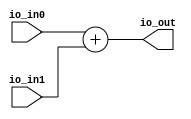
module Adder(
  input  [9:0] io_in0,
  input  [9:0] io_in1,
  output [9:0] io_out
);
  assign io_out = io_in0 + io_in1; // @[Adder.scala 17:20]
endmodule
module AdderTests(
  input   clock,
  input   reset
);
`ifdef RANDOMIZE_REG_INIT
  reg [31:0] _RAND_0;
  reg [31:0] _RAND_1;
`endif // RANDOMIZE_REG_INIT
  wire [9:0] c_io_in0; // @[Adder.scala 21:33]
  wire [9:0] c_io_in1; // @[Adder.scala 21:33]
  wire [9:0] c_io_out; // @[Adder.scala 21:33]
  reg [3:0] value; // @[Counter.scala 17:33]
  reg  _T_6; // @[SteppedHWIOTester.scala 177:33]
  wire  _T_8 = ~_T_6; // @[SteppedHWIOTester.scala 179:10]
  wire [9:0] _GEN_1 = 4'h1 == value ? 10'h26c : 10'h353; // @[SteppedHWIOTester.scala 129:16 SteppedHWIOTester.scala 129:16]
  wire [9:0] _GEN_2 = 4'h2 == value ? 10'h13c : _GEN_1; // @[SteppedHWIOTester.scala 129:16 SteppedHWIOTester.scala 129:16]
  wire [9:0] _GEN_3 = 4'h3 == value ? 10'h77 : _GEN_2; // @[SteppedHWIOTester.scala 129:16 SteppedHWIOTester.scala 129:16]
  wire [9:0] _GEN_4 = 4'h4 == value ? 10'h320 : _GEN_3; // @[SteppedHWIOTester.scala 129:16 SteppedHWIOTester.scala 129:16]
  wire [9:0] _GEN_5 = 4'h5 == value ? 10'h102 : _GEN_4; // @[SteppedHWIOTester.scala 129:16 SteppedHWIOTester.scala 129:16]
  wire [9:0] _GEN_6 = 4'h6 == value ? 10'h273 : _GEN_5; // @[SteppedHWIOTester.scala 129:16 SteppedHWIOTester.scala 129:16]
  wire [9:0] _GEN_7 = 4'h7 == value ? 10'h3ee : _GEN_6; // @[SteppedHWIOTester.scala 129:16 SteppedHWIOTester.scala 129:16]
  wire [9:0] _GEN_8 = 4'h8 == value ? 10'h17 : _GEN_7; // @[SteppedHWIOTester.scala 129:16 SteppedHWIOTester.scala 129:16]
  wire [9:0] _GEN_9 = 4'h9 == value ? 10'hb4 : _GEN_8; // @[SteppedHWIOTester.scala 129:16 SteppedHWIOTester.scala 129:16]
  wire [9:0] _GEN_12 = 4'h1 == value ? 10'hf6 : 10'h2ec; // @[SteppedHWIOTester.scala 129:16 SteppedHWIOTester.scala 129:16]
  wire [9:0] _GEN_13 = 4'h2 == value ? 10'h28c : _GEN_12; // @[SteppedHWIOTester.scala 129:16 SteppedHWIOTester.scala 129:16]
  wire [9:0] _GEN_14 = 4'h3 == value ? 10'h233 : _GEN_13; // @[SteppedHWIOTester.scala 129:16 SteppedHWIOTester.scala 129:16]
  wire [9:0] _GEN_15 = 4'h4 == value ? 10'h263 : _GEN_14; // @[SteppedHWIOTester.scala 129:16 SteppedHWIOTester.scala 129:16]
  wire [9:0] _GEN_16 = 4'h5 == value ? 10'h155 : _GEN_15; // @[SteppedHWIOTester.scala 129:16 SteppedHWIOTester.scala 129:16]
  wire [9:0] _GEN_17 = 4'h6 == value ? 10'h18a : _GEN_16; // @[SteppedHWIOTester.scala 129:16 SteppedHWIOTester.scala 129:16]
  wire [9:0] _GEN_18 = 4'h7 == value ? 10'h3f0 : _GEN_17; // @[SteppedHWIOTester.scala 129:16 SteppedHWIOTester.scala 129:16]
  wire [9:0] _GEN_19 = 4'h8 == value ? 10'h384 : _GEN_18; // @[SteppedHWIOTester.scala 129:16 SteppedHWIOTester.scala 129:16]
  wire [9:0] _GEN_20 = 4'h9 == value ? 10'h3c3 : _GEN_19; // @[SteppedHWIOTester.scala 129:16 SteppedHWIOTester.scala 129:16]
  wire  _GEN_32 = 4'ha == value ? 1'h0 : 1'h1; // @[SteppedHWIOTester.scala 144:51 SteppedHWIOTester.scala 144:51]
  wire [9:0] _GEN_34 = 4'h1 == value ? 10'h362 : 10'h23f; // @[SteppedHWIOTester.scala 145:31 SteppedHWIOTester.scala 145:31]
  wire [9:0] _GEN_35 = 4'h2 == value ? 10'h3c8 : _GEN_34; // @[SteppedHWIOTester.scala 145:31 SteppedHWIOTester.scala 145:31]
  wire [9:0] _GEN_36 = 4'h3 == value ? 10'h2aa : _GEN_35; // @[SteppedHWIOTester.scala 145:31 SteppedHWIOTester.scala 145:31]
  wire [9:0] _GEN_37 = 4'h4 == value ? 10'h183 : _GEN_36; // @[SteppedHWIOTester.scala 145:31 SteppedHWIOTester.scala 145:31]
  wire [9:0] _GEN_38 = 4'h5 == value ? 10'h257 : _GEN_37; // @[SteppedHWIOTester.scala 145:31 SteppedHWIOTester.scala 145:31]
  wire [9:0] _GEN_39 = 4'h6 == value ? 10'h3fd : _GEN_38; // @[SteppedHWIOTester.scala 145:31 SteppedHWIOTester.scala 145:31]
  wire [9:0] _GEN_40 = 4'h7 == value ? 10'h3de : _GEN_39; // @[SteppedHWIOTester.scala 145:31 SteppedHWIOTester.scala 145:31]
  wire [9:0] _GEN_41 = 4'h8 == value ? 10'h39b : _GEN_40; // @[SteppedHWIOTester.scala 145:31 SteppedHWIOTester.scala 145:31]
  wire [9:0] _GEN_42 = 4'h9 == value ? 10'h77 : _GEN_41; // @[SteppedHWIOTester.scala 145:31 SteppedHWIOTester.scala 145:31]
  wire [9:0] _GEN_43 = 4'ha == value ? 10'h0 : _GEN_42; // @[SteppedHWIOTester.scala 145:31 SteppedHWIOTester.scala 145:31]
  wire  _T_154 = c_io_out == _GEN_43; // @[SteppedHWIOTester.scala 145:31]
  wire  _T_156 = ~reset; // @[HWIOTester.scala 30:55]
  wire  _T_158 = ~(c_io_out == _GEN_43); // @[SteppedHWIOTester.scala 145:72]
  wire  _T_169 = value == 4'ha; // @[Counter.scala 25:24]
  wire [3:0] _T_172 = value + 4'h1; // @[Counter.scala 26:22]
  wire  _GEN_45 = _T_169 | _T_6; // @[SteppedHWIOTester.scala 183:22 SteppedHWIOTester.scala 185:14 SteppedHWIOTester.scala 177:33]
  wire  _GEN_50 = _T_8 & _GEN_32; // @[HWIOTester.scala 30:55]
  wire  _GEN_53 = _GEN_50 & _T_158; // @[SteppedHWIOTester.scala 151:15]
  wire  _GEN_60 = _T_8 & _T_169; // @[SteppedHWIOTester.scala 184:15]
  Adder c ( // @[Adder.scala 21:33]
    .io_in0(c_io_in0),
    .io_in1(c_io_in1),
    .io_out(c_io_out)
  );
  assign c_io_in0 = 4'ha == value ? 10'h3c3 : _GEN_20; // @[SteppedHWIOTester.scala 129:16 SteppedHWIOTester.scala 129:16]
  assign c_io_in1 = 4'ha == value ? 10'hb4 : _GEN_9; // @[SteppedHWIOTester.scala 129:16 SteppedHWIOTester.scala 129:16]
  always @(posedge clock) begin
    if (reset) begin // @[Counter.scala 17:33]
      value <= 4'h0; // @[Counter.scala 17:33]
    end else if (~_T_6) begin // @[SteppedHWIOTester.scala 179:17]
      if (_T_169) begin // @[Counter.scala 28:21]
        value <= 4'h0; // @[Counter.scala 28:29]
      end else begin
        value <= _T_172; // @[Counter.scala 26:13]
      end
    end
    if (reset) begin // @[SteppedHWIOTester.scala 177:33]
      _T_6 <= 1'h0; // @[SteppedHWIOTester.scala 177:33]
    end else if (~_T_6) begin // @[SteppedHWIOTester.scala 179:17]
      _T_6 <= _GEN_45;
    end
    `ifndef SYNTHESIS
    `ifdef PRINTF_COND
      if (`PRINTF_COND) begin
    `endif
        if (_T_8 & _GEN_32 & _T_154 & ~reset) begin
          $fwrite(32'h80000002,"    passed step %d -- out:  %d\n",value,c_io_out); // @[HWIOTester.scala 30:55]
        end
    `ifdef PRINTF_COND
      end
    `endif
    `endif // SYNTHESIS
    `ifndef SYNTHESIS
    `ifdef PRINTF_COND
      if (`PRINTF_COND) begin
    `endif
        if (_GEN_50 & _T_158 & _T_156) begin
          $fwrite(32'h80000002,"    failed on step %d -- port out:  %d expected %d\n",value,c_io_out,_GEN_43); // @[SteppedHWIOTester.scala 151:15]
        end
    `ifdef PRINTF_COND
      end
    `endif
    `endif // SYNTHESIS
    `ifndef SYNTHESIS
    `ifdef PRINTF_COND
      if (`PRINTF_COND) begin
    `endif
        if (_GEN_53 & _T_156) begin
          $fwrite(32'h80000002,"Assertion failed\n    at SteppedHWIOTester.scala:158 assert(false.B)\n"); // @[SteppedHWIOTester.scala 158:15]
        end
    `ifdef PRINTF_COND
      end
    `endif
    `endif // SYNTHESIS
    `ifndef SYNTHESIS
    `ifdef STOP_COND
      if (`STOP_COND) begin
    `endif
        if (_GEN_53 & _T_156) begin
          $fatal; // @[SteppedHWIOTester.scala 158:15]
        end
    `ifdef STOP_COND
      end
    `endif
    `endif // SYNTHESIS
    `ifndef SYNTHESIS
    `ifdef STOP_COND
      if (`STOP_COND) begin
    `endif
        if (_GEN_53 & _T_156) begin
          $finish; // @[SteppedHWIOTester.scala 159:13]
        end
    `ifdef STOP_COND
      end
    `endif
    `endif // SYNTHESIS
    `ifndef SYNTHESIS
    `ifdef PRINTF_COND
      if (`PRINTF_COND) begin
    `endif
        if (_T_8 & _T_169 & _T_156) begin
          $fwrite(32'h80000002,"Stopping, end of tests, 11 steps\n"); // @[SteppedHWIOTester.scala 184:15]
        end
    `ifdef PRINTF_COND
      end
    `endif
    `endif // SYNTHESIS
    `ifndef SYNTHESIS
    `ifdef STOP_COND
      if (`STOP_COND) begin
    `endif
        if (_GEN_60 & _T_156) begin
          $finish; // @[SteppedHWIOTester.scala 186:13]
        end
    `ifdef STOP_COND
      end
    `endif
    `endif // SYNTHESIS
  end
// Register and memory initialization
`ifdef RANDOMIZE_GARBAGE_ASSIGN
`define RANDOMIZE
`endif
`ifdef RANDOMIZE_INVALID_ASSIGN
`define RANDOMIZE
`endif
`ifdef RANDOMIZE_REG_INIT
`define RANDOMIZE
`endif
`ifdef RANDOMIZE_MEM_INIT
`define RANDOMIZE
`endif
`ifndef RANDOM
`define RANDOM $random
`endif
`ifdef RANDOMIZE_MEM_INIT
  integer initvar;
`endif
`ifndef SYNTHESIS
`ifdef FIRRTL_BEFORE_INITIAL
`FIRRTL_BEFORE_INITIAL
`endif
initial begin
  `ifdef RANDOMIZE
    `ifdef INIT_RANDOM
      `INIT_RANDOM
    `endif
    `ifndef VERILATOR
      `ifdef RANDOMIZE_DELAY
        #`RANDOMIZE_DELAY begin end
      `else
        #0.002 begin end
      `endif
    `endif
`ifdef RANDOMIZE_REG_INIT
  _RAND_0 = {1{`RANDOM}};
  value = _RAND_0[3:0];
  _RAND_1 = {1{`RANDOM}};
  _T_6 = _RAND_1[0:0];
`endif // RANDOMIZE_REG_INIT
  `endif // RANDOMIZE
end // initial
`ifdef FIRRTL_AFTER_INITIAL
`FIRRTL_AFTER_INITIAL
`endif
`endif // SYNTHESIS
endmodule